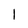
Character: 1